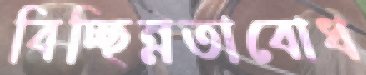
বিচ্ছিন্নতাবোধ